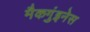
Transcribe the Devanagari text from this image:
मैकगुंइनेस